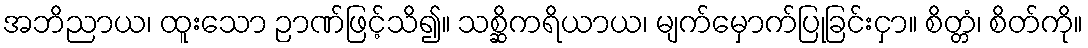
အဘိညာယ၊ ထူးသော ဉာဏ်ဖြင့်သိ၍။ သစ္ဆိကရိယာယ၊ မျက်မှောက်ပြုခြင်းငှာ။ စိတ္တံ၊ စိတ်ကို။